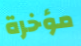
مؤخرة